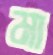
মা